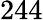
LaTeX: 244